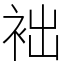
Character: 袦